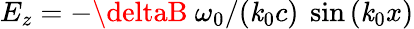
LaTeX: E_{z}=-\deltaB\ \omega_{0}/(\mathit{k}_{0}c)\ \sin{(\mathit{k}_{0}x)}